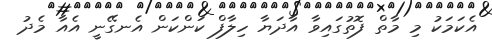
އެކަމަކު މި މާތް ފޮތުގައިވާ އާދަޔާ ހިލާފް ކަންކަން އެނގޭނީ އެއާ މެދު